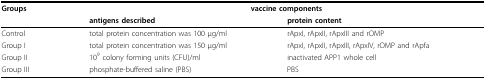
| Groups | <COLSPAN=2> vaccine components |
 |  | antigens described | protein content |
 | --- | --- | --- |
 | Control | total protein concentration was 100 μg/ml | rApxI, rApxII, rApxIII and rOMP |
 | Group I | total protein concentration was 150 μg/ml | rApxI, rApxII, rApxIII, rApxIV, rOMP and rApfa |
 | Group II | 109 colony forming units (CFU)/ml | inactivated APP1 whole cell |
 | Group III | phosphate-buffered saline (PBS) | PBS |